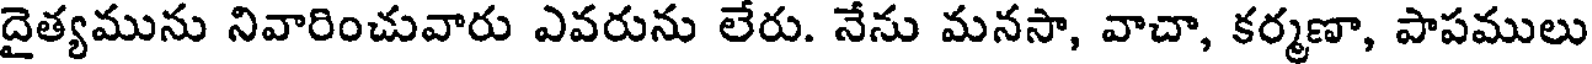
దైత్యమును నివారించువారు ఎవరును లేరు. నేను మనసా, వాచా, కర్మణా, పాపములు